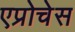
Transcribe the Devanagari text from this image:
एप्रोचेस